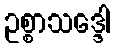
ဥစ္စာသဒ္ဒေါ